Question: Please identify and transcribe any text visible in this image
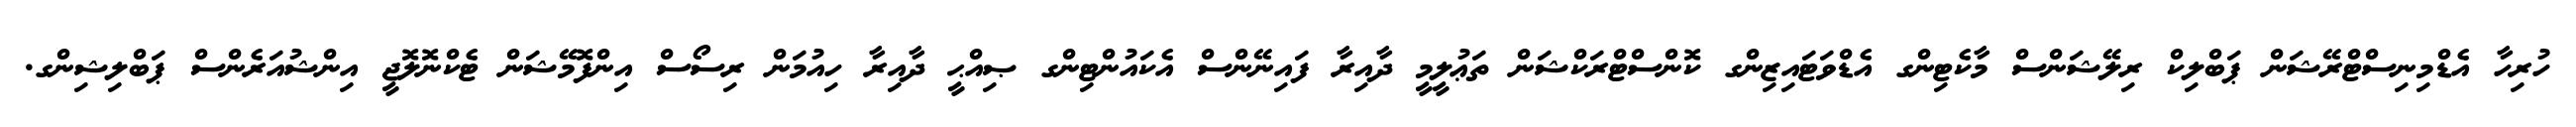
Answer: ހުރިހާ އެޑްމިނިސްޓްރޭޝަން ޕަބްލިކް ރިލޭޝަންސް މާކެޓިންގ އެޑްވަޓައިޒިންގ ކޮންސްޓްރަކްޝަން ތަޢުލީމީ ދާއިރާ ފައިނޭންސް އެކައުންޓިންގ ޞިއްޙީ ދާއިރާ ހިއުމަން ރިސޯސް އިންފޮމޭޝަން ޓެކްނޮލޮޖީ އިންޝުއަރެންސް ޕަބްލިޝިންގ.